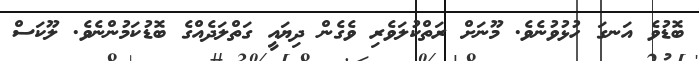
ބޮޑުވެ އަނގަ ހުޅުވުނެވެ. މޫނަށް ރަތްކުލަވެރި ވެގެން ދިޔައީ ގަތްލަދެއްގެ ބޮޑުކަމުންނެވެ. ލޫކަސް